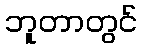
ဘူတာတွင်